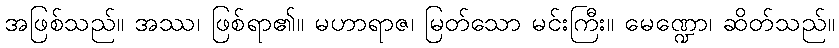
အဖြစ်သည်။ အဿ၊ ဖြစ်ရာ၏။ မဟာရာဇ၊ မြတ်သော မင်းကြီး။ မေဏ္ဍော၊ ဆိတ်သည်။